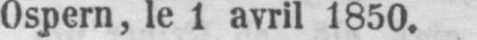
Ospern, le 1 avril 1850.